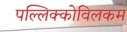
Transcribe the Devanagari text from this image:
पल्लिक्कोविलकम